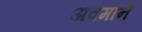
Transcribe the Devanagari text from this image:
अवमानें